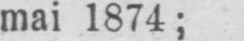
mai 1874;